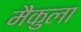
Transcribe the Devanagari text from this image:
मैकुला